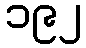
၁၉၂